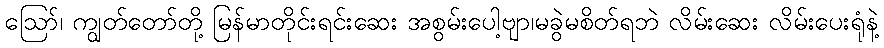
ဪ၊ ကျွတ်တော်တို့ မြန်မာတိုင်းရင်းဆေး အစွမ်းပေါ့ဗျာ၊မခွဲမစိတ်ရဘဲ လိမ်းဆေး လိမ်းပေးရုံနဲ့